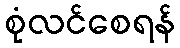
စုံလင်စေရန်